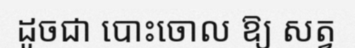
ដូចជា បោះចោល ឱ្យ សត្វ